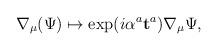
LaTeX: \begin{align*}\nabla_\mu(\Psi) \mapsto \exp(i \mathbf{\alpha}^a \mathbf{t}^a) \nabla_\mu \Psi,\end{align*}